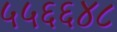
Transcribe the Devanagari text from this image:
५५६६४८